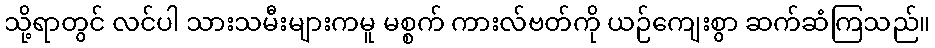
သို့ရာတွင် လင်ပါ သားသမီးများကမူ မစ္စက် ကားလ်ဗတ်ကို ယဉ်ကျေးစွာ ဆက်ဆံကြသည်။